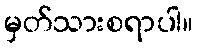
မှတ်သားစရာပါ။